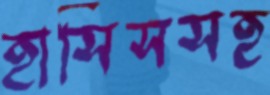
হাসিসসহ